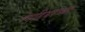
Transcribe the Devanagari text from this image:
रेनडियरच्या